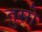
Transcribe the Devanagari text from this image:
तुसो